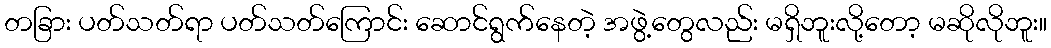
တခြား ပတ်သတ်ရာ ပတ်သတ်ကြောင်း ဆောင်ရွက်နေတဲ့ အဖွဲ့တွေလည်း မရှိဘူးလို့တော့ မဆိုလိုဘူး။